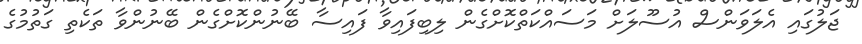
ޖަލުގައި އެލަވަންސް އުސޫލަށް މަސައްކަތްކޮށްގެން ލިބިފައިވާ ފައިސާ ބޭނުންކޮށްގެން ބޭނުންވާ ތަކެތި ގަތުމުގެ